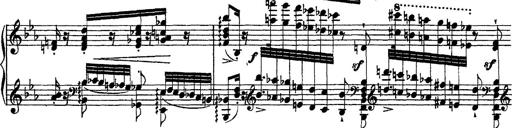
Title: Grandes Ã©tudes de Paganini
Composer: Franz Liszt